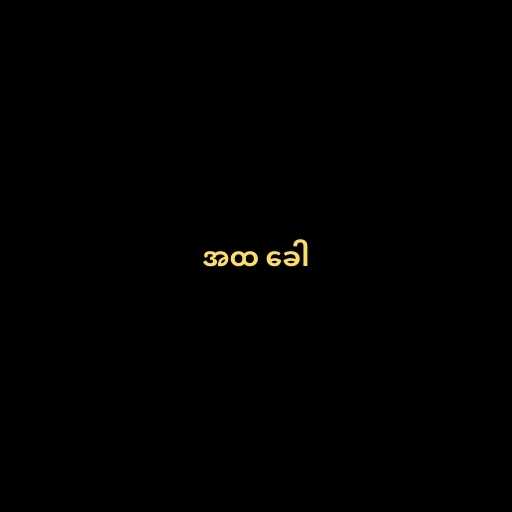
အထ ခေါ